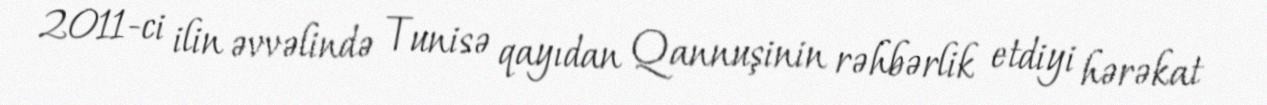
2011-ci ilin əvvəlində Tunisə qayıdan Qannuşinin rəhbərlik etdiyi hərəkat